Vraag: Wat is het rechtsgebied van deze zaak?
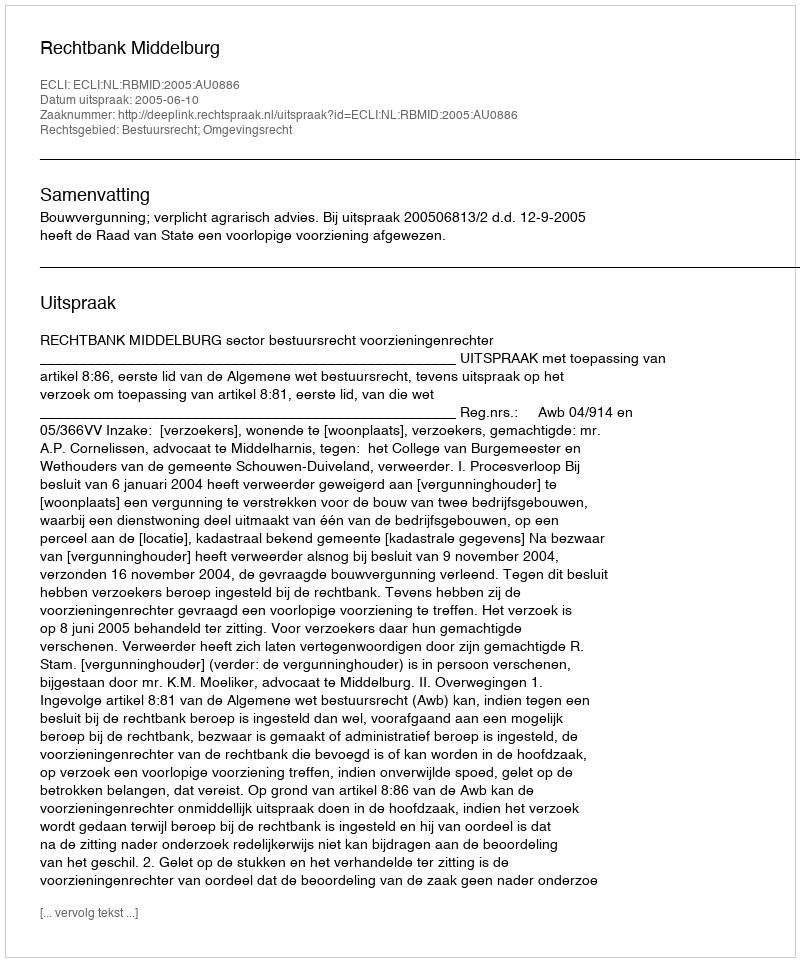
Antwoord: Bestuursrecht; Omgevingsrecht